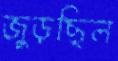
জুড়ছিল